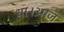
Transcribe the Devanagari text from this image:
था।आज